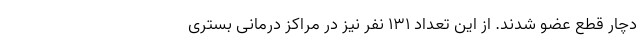
دچار قطع عضو شدند. از اين تعداد ١٣١ نفر نيز در مراكز درمانى بسترى